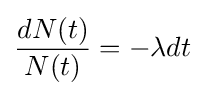
{\frac {dN(t)}{N(t)}}=-\lambda dt